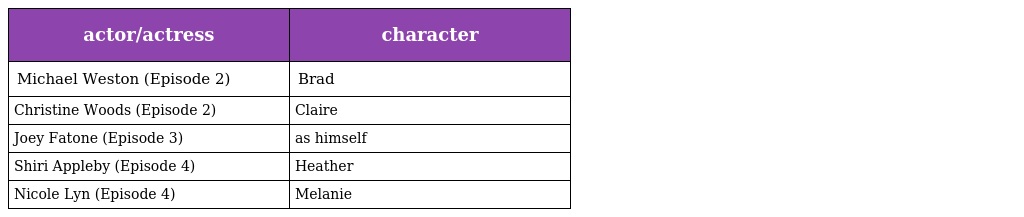
| actor/actress | character |
 | --- | --- |
 | Michael Weston (Episode 2) | Brad |
 | Christine Woods (Episode 2) | Claire |
 | Joey Fatone (Episode 3) | as himself |
 | Shiri Appleby (Episode 4) | Heather |
 | Nicole Lyn (Episode 4) | Melanie |